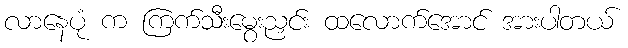
လာနေပုံ က ကြက်သီးမွေးညှင်း ထလောက်အောင် အားပါတယ်